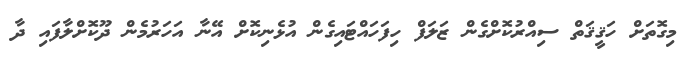
މިގޮތަށް ހަޤީޤަތް ސިއްރުކޮށްގެން ޒަލަފް ހިފަހައްޓައިގެން އުޅެނިކޮށް އޭނާ އަހަރުމެން ދޫކޮށްލާފައި ދާ